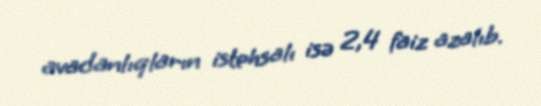
avadanlıqların istehsalı isə 2,4 faiz azalıb.